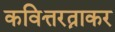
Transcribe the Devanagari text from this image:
कवित्तरत्नाकर